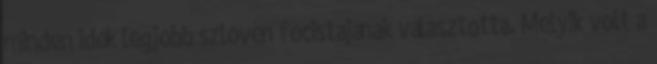
minden idők legjobb szlovén focistájának választotta. Melyik volt a